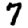
Digit: 7